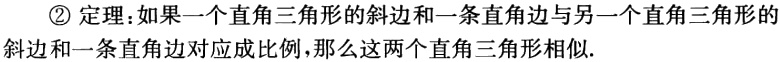
\textcircled{2} 定理：如果一个直角三角形的斜边和一条直角边与另一个直角三角形的斜边和一条直角边对应成比例，那么这两个直角三角形相似.